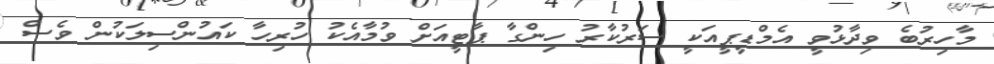
މާހިރުބެ ވިދާޅުވީ އެމްޑީޕީއަކީ ސަރުކާރު ހިންގާ ޕާޓީއަށް ވުމާއެކު ހުރިހާ ކައުންސިލަކުން ވެސް